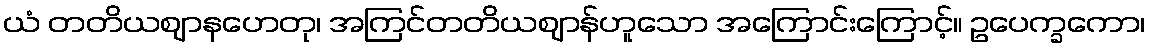
ယံ တတိယဈာနဟေတု၊ အကြင်တတိယဈာန်ဟူသော အကြောင်းကြောင့်။ ဥပေက္ခကော၊